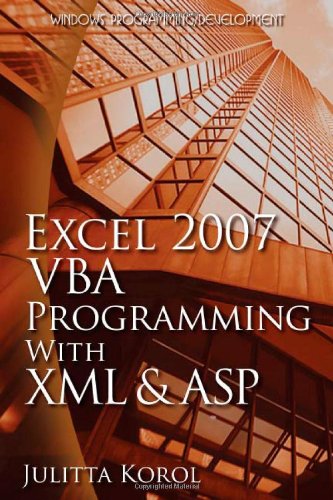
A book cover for Excel 2007 VBA Programming With XML And ASP (Wordware Applications Library); Julitta Korol; Computers & Technology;